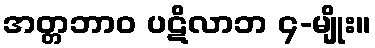
အတ္တဘာဝ ပဋိလာဘ ၄-မျိုး။